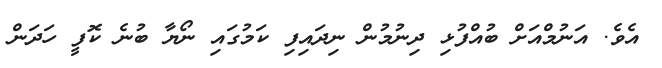
އެވެ. އަނުމްއަށް ބުއްފުޅި ދިނުމުން ނިދައިފި ކަމުގައި ނޯޔާ ބުނެ ކޮފީ ހަދަން